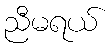
ညီမရယ်